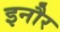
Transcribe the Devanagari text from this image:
इनौर